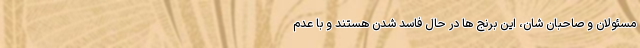
مسئولان و صاحبان شان، این برنج ها در حال فاسد شدن هستند و با عدم